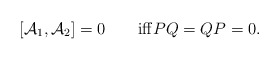
\begin{align*}[\mathcal{A}_1,\mathcal{A}_2]=0 \qquad\mathrm{iff} PQ=QP=0.\end{align*}